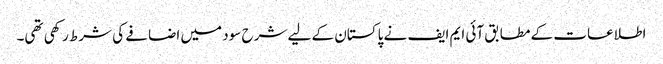
اطلاعات کے مطابق آئی ایم ایف نے پاکستان کے لیے شرح سود میں اضافے کی شرط رکھی تھی۔